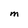
Character: M